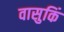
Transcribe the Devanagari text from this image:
वासुकिं